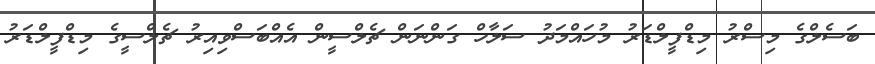
ބަސެލްގެ މިސްރު މިޑްފީލްޑަރު މުހައްމަދު ސަލާހް ގަންނަން ޗެލްސީން އެއްބަސްވިއިރު ޗެލްސީގެ މިޑްފީލްޑަރު